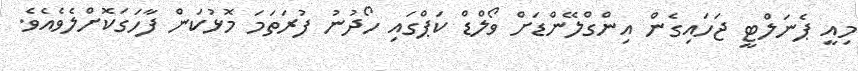
މިއީ ޕެނަލްޓީ ޖަހައިގެން އިންގްލޭންޑަށް ވޯލްޑް ކަޕްގައި ހޯދުނު ފުރަތަމަ މޮޅުކަން ފާހަގަކޮށްލެވެއެވެ.